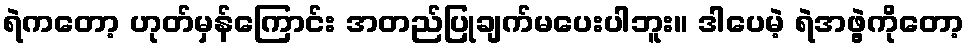
ရဲကတော့ ဟုတ်မှန်ကြောင်း အတည်ပြုချက်မပေးပါဘူး။ ဒါပေမဲ့ ရဲအဖွဲ့ကိုတော့